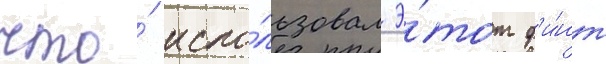
что́ испо́льзовал э́тот ф'и́нт